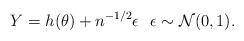
LaTeX: \begin{align*} Y=h(\theta)+n^{-1/2}\epsilon \ \ \epsilon\sim \mathcal{N}(0,1). \end{align*}